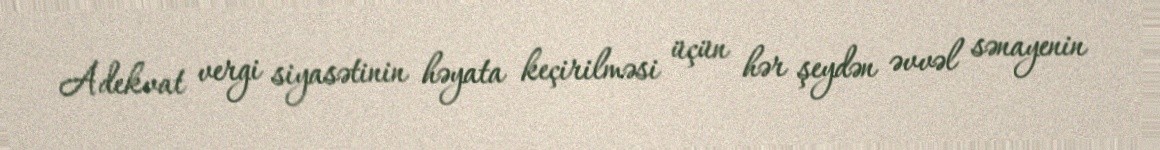
Adekvat vergi siyasətinin həyata keçirilməsi üçün hər şeydən əvvəl sənayenin